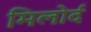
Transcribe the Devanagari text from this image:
मिलोर्द